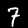
Label: 7